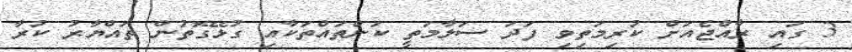
3 ގައި ރާއްޖެއަށް ކުރިމަތިވި ފަދަ ސަލާމަތީ ކަންތައްތަކާއި ގުޅޭގޮތުން ތައްޔާރު ކުރާ